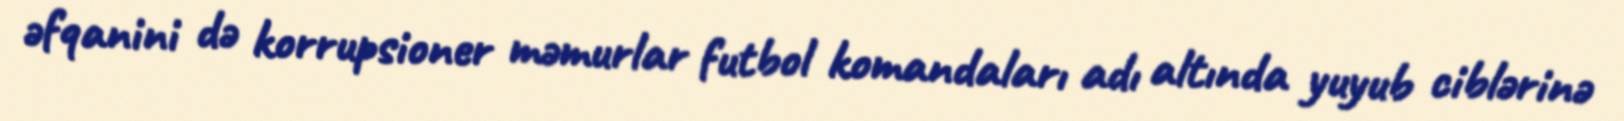
əfqanini də korrupsioner məmurlar futbol komandaları adı altında yuyub ciblərinə